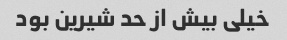
خیلی بیش از حد شیرین بود